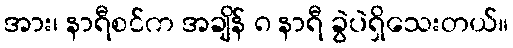
အား၊ နာရီစင်က အချိန် ၈ နာရီ ခွဲပဲရှိသေးတယ်။